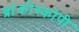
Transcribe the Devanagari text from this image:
ब्रांकोस्कोपी